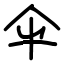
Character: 伞